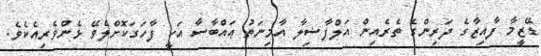
ޑޭޒީމާ ފާއިޒާގެ ދަރިންގެ ތެރެއިން އަލްފާޟިލާ އާމިނަތު ޢައްބާސާ އަކީ ފާހަގަކޮށްލެވޭ ޅެންވެރިއެކެވެ.